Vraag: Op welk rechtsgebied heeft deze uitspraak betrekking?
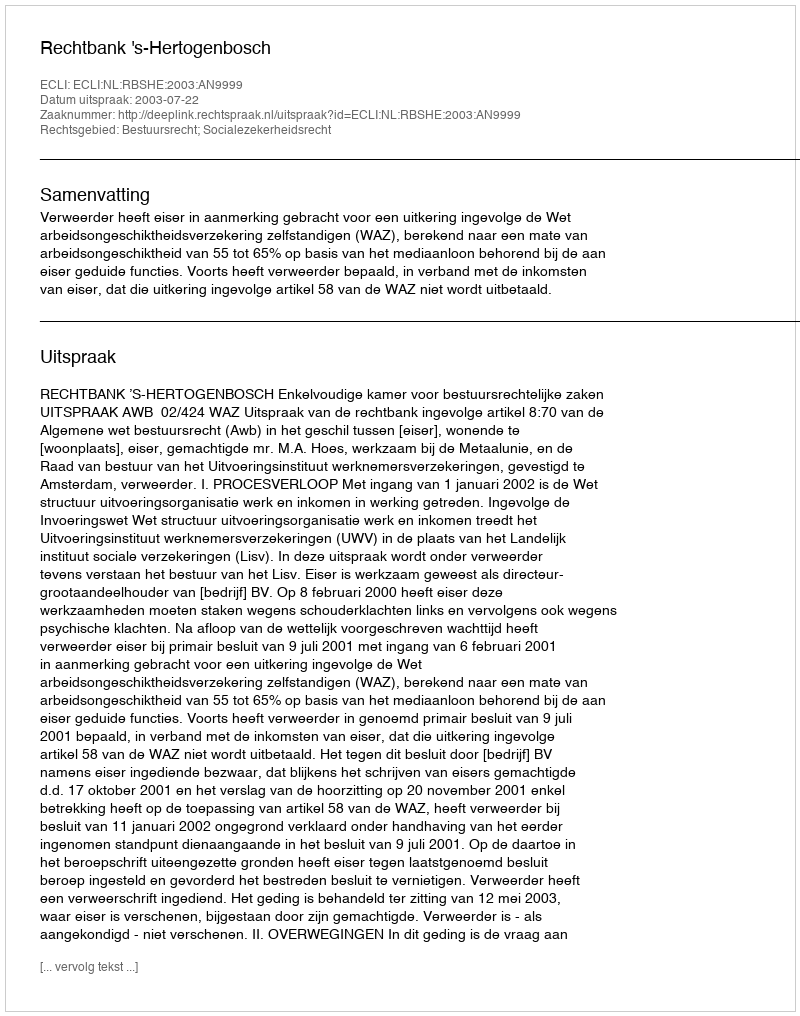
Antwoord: Bestuursrecht; Socialezekerheidsrecht